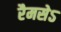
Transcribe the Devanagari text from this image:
रैमसेऽ